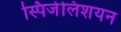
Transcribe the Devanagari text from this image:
स्पिजेलिशयन